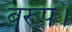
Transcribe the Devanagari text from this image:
बरूप।